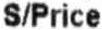
S/PRICE